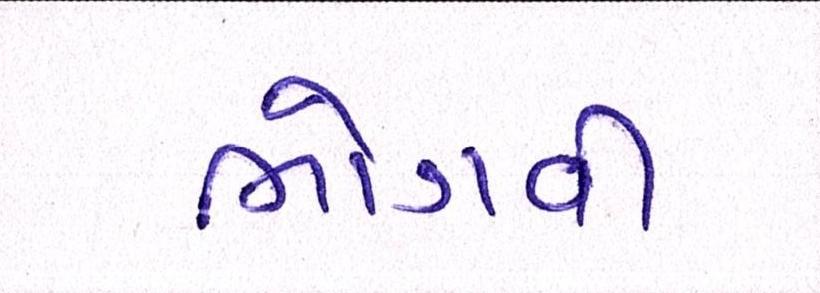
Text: ભોગવી